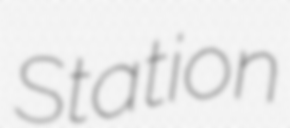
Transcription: Station